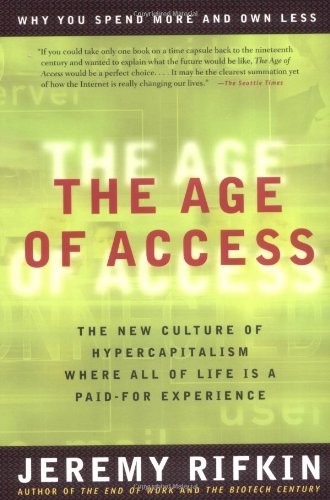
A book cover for The Age of Access: The New Culture of Hypercapitalism, Where all of Life is a Paid-For Experience; Jeremy Rifkin; Business & Money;